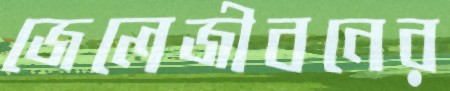
জেলেজীবনের